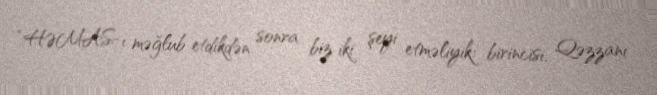
“HƏMAS-ı məğlub etdikdən sonra biz iki şeyi etməliyik: birincisi, Qəzzanı